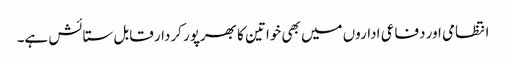
انتظامی اور دفاعی اداروں میں بھی خواتین کا بھرپور کردار قابل ستائش ہے۔